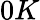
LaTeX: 0K